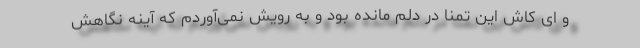
و ای کاش این تمنا در دلم مانده بود و به رویش نمی‌آوردم که آینه نگاهش